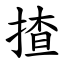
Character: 揸